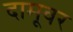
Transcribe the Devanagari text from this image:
दामूवर